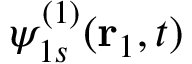
\psi _ { 1 s } ^ { ( 1 ) } ( \mathbf { r } _ { 1 } , t )